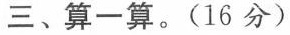
三、算一算。(16分)